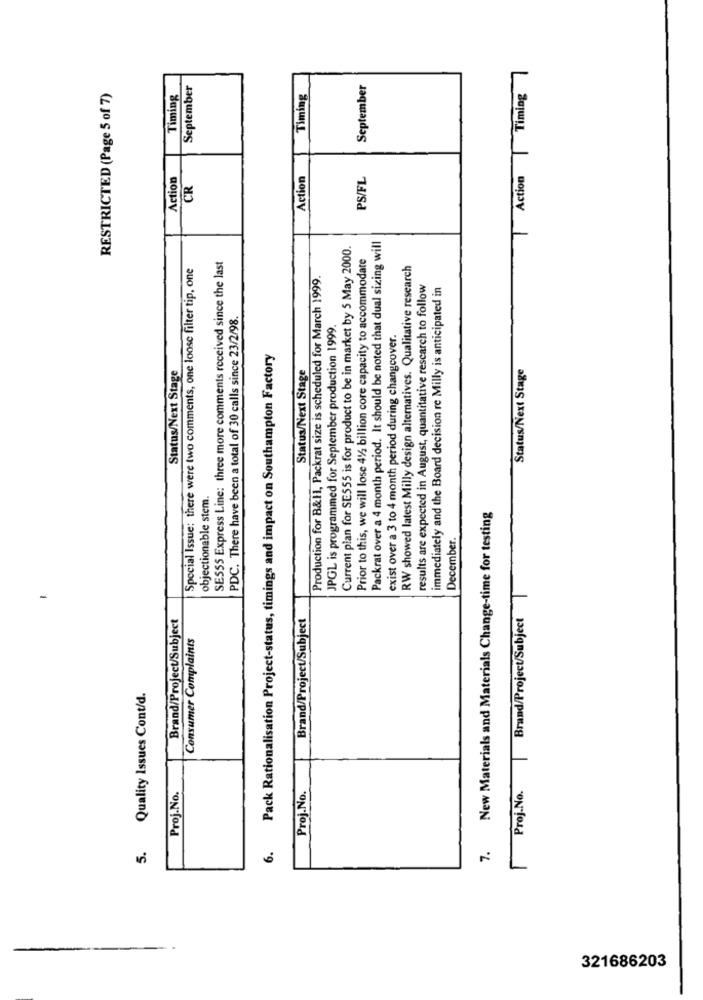
September
September
RESTRICTED (Page 5 of 7)
Timing
Timing
Timing
Action
Action
PS/FL
Action
CR
Packrat over a 4 month period. It should be noted that dual sizing will
Current plan for SE555 is for product to be in market by 5 May 2000
Prior to this, we will lose 41 billion core capacity to accommodate
Special Issue: there were two comments, one loose filter tip, one
SE555 Express Line: three more comments received since the last
RW showed latest Milly design alternatives. Qualitative research
Production for B&11, Packrat size is scheduled for March 1999.
results are expected in August, quantitative rescarch to follow
immediately and the Board decision re Milly is anticipated in
PDC. There have been a total of 30 calls since 23/2/98.
JPGL is programmed for September production 1999
exist over a 3 to 4 month period during changcover.
Pack Rationalisation Project-status, timings and impact on Southampton Factory
Status/Next Stage
Status/Next Stage
Status/Next Stage
objectionable stem.
7. New Materials and Materials Change-time for testing
December.
Brand/Project/Subject
Brand/Project/Subject
Brand/Project/Subject
Consumer Complaints
Quality Issues Cont/d.
Proj.No.
Proj.No.
Proj.No.
5.
6.
321686203